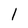
Character: 1